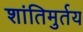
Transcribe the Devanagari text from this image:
शांतिमुर्तय